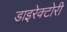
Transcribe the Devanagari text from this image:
डाइरेक्टोरी